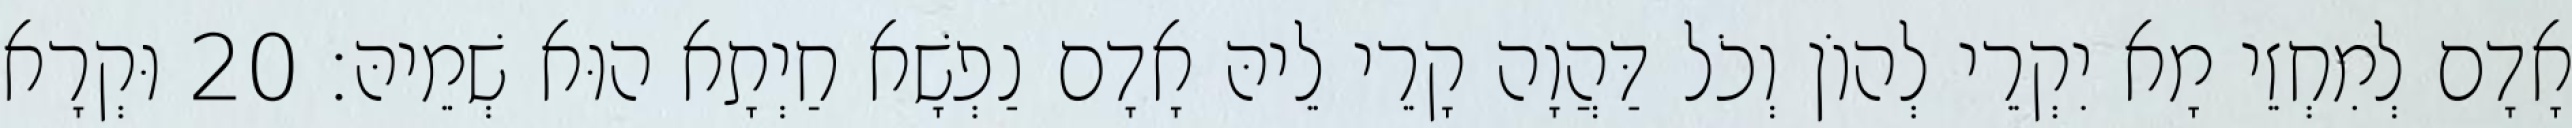
אָדָם לְמִחְזֵי מָא יִקְרֵי לְהוֹן וְכֹל דַּהֲוָה קָרֵי לֵיהּ אָדָם נַפְשָׁא חַיְתָא הוּא שְׁמֵיהּ׃ 20 וּקְרָא